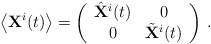
\begin{align*}\left\langle {\bf X}^i(t) \right\rangle = \left(\begin{array}{cc}\hat{\bf X}^i(t) & 0 \\0 & \tilde{\bf X}^i(t)\end{array}\right) \,.\end{align*}